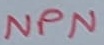
Text: NPN